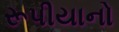
રૂપીયાનો